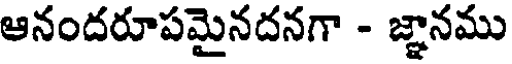
ఆనందరూపమైనదనగా - జ్ఞానము